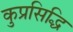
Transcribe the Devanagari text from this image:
कुप्रसिद्धि